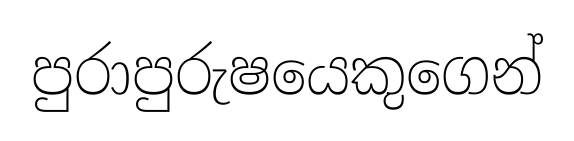
පුරාපුරුෂයෙකුගෙන්